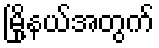
မြို့နယ်အတွက်